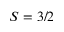
S = 3 / 2